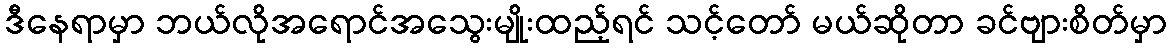
ဒီနေရာမှာ ဘယ်လိုအရောင်အသွေးမျိုးထည့်ရင် သင့်တော် မယ်ဆိုတာ ခင်ဗျားစိတ်မှာ